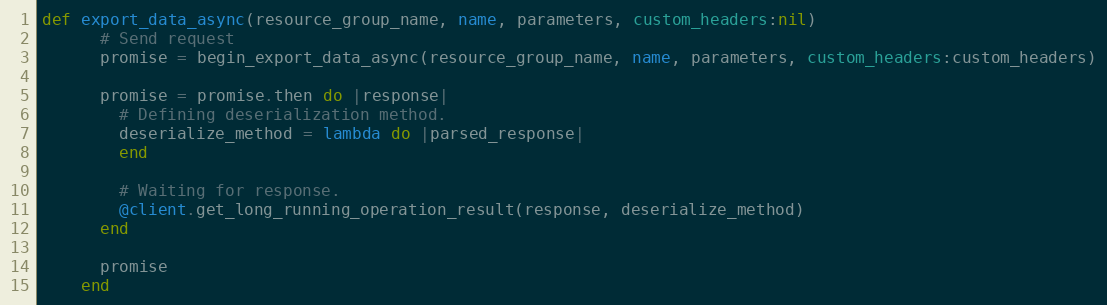
Language: Ruby
def export_data_async(resource_group_name, name, parameters, custom_headers:nil)
      # Send request
      promise = begin_export_data_async(resource_group_name, name, parameters, custom_headers:custom_headers)

      promise = promise.then do |response|
        # Defining deserialization method.
        deserialize_method = lambda do |parsed_response|
        end

        # Waiting for response.
        @client.get_long_running_operation_result(response, deserialize_method)
      end

      promise
    end